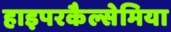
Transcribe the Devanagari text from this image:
हाइपरकैल्सेमिया